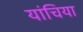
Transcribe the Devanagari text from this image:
यांचिया